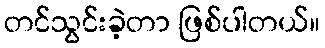
တင်သွင်းခဲ့တာ ဖြစ်ပါတယ်။